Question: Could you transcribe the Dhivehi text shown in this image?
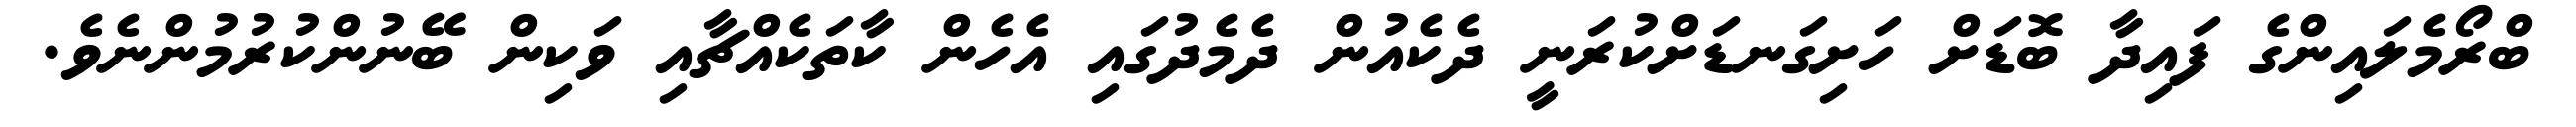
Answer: ބްރޯމެލައިންގެ ފައިދާ ބޮޑަށް ހަށިގަނޑަށްކުރަނީ ދެކެއުން ދެމެދުގައި އެހެން ކާތަކެއްޗާއި ވަކިން ބޭނުންކުރުމުންނެވެ.